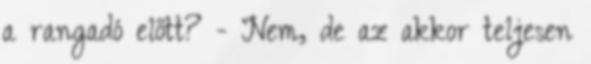
a rangadó előtt? - Nem, de az akkor teljesen